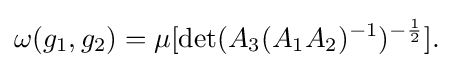
{\omega (g_{1},g_{2})=\mu [\det(A_{3}(A_{1}A_{2})^{-1})^{-{\frac {1}{2}}}].}